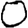
Digit: 0